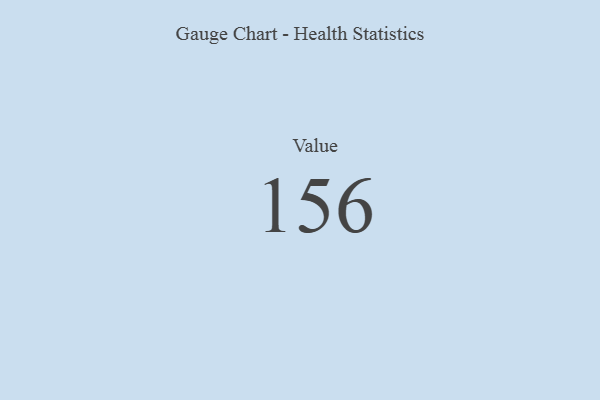
{"axis": {"x": "Metric", "y": "Value"}, "legend": [""], "data": [{"x": "Value", "y": 156, "type": ""}]}